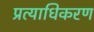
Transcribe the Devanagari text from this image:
प्रत्याधिकरण